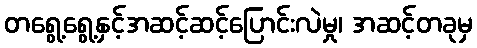
တရွေ့ရွေ့နှင့်အဆင့်ဆင့်ပြောင်းလဲမှု၊ အဆင့်တခုမှ